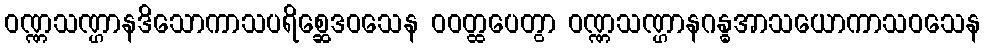
ဝဏ္ဏသဏ္ဌာနဒိသောကာသပရိစ္ဆေဒဝသေန ဝဝတ္ထပေတွာ ဝဏ္ဏသဏ္ဌာနဂန္ဓအာသယောကာသဝသေန